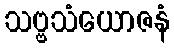
သဗ္ဗသံယောဇနံ